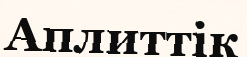
Аплиттік